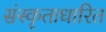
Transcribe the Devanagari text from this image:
संस्कृताधारित